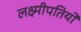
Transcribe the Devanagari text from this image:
लक्ष्मीपतियों